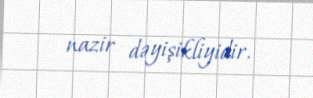
nazir dəyişikliyidir.